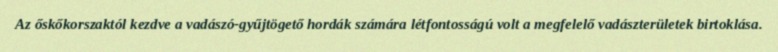
Az őskőkorszaktól kezdve a vadászó-gyűjtögető hordák számára létfontosságú volt a megfelelő vadászterületek birtoklása.